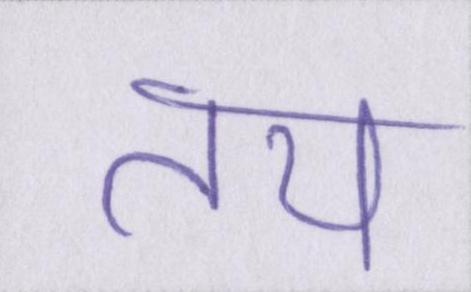
तय